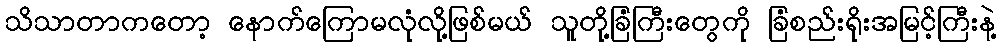
သိသာတာကတော့ နောက်ကြောမလုံလို့ဖြစ်မယ် သူတို့ခြံကြီးတွေကို ခြံစည်းရိုးအမြင့်ကြီးနဲ့